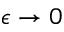
\epsilon \rightarrow 0